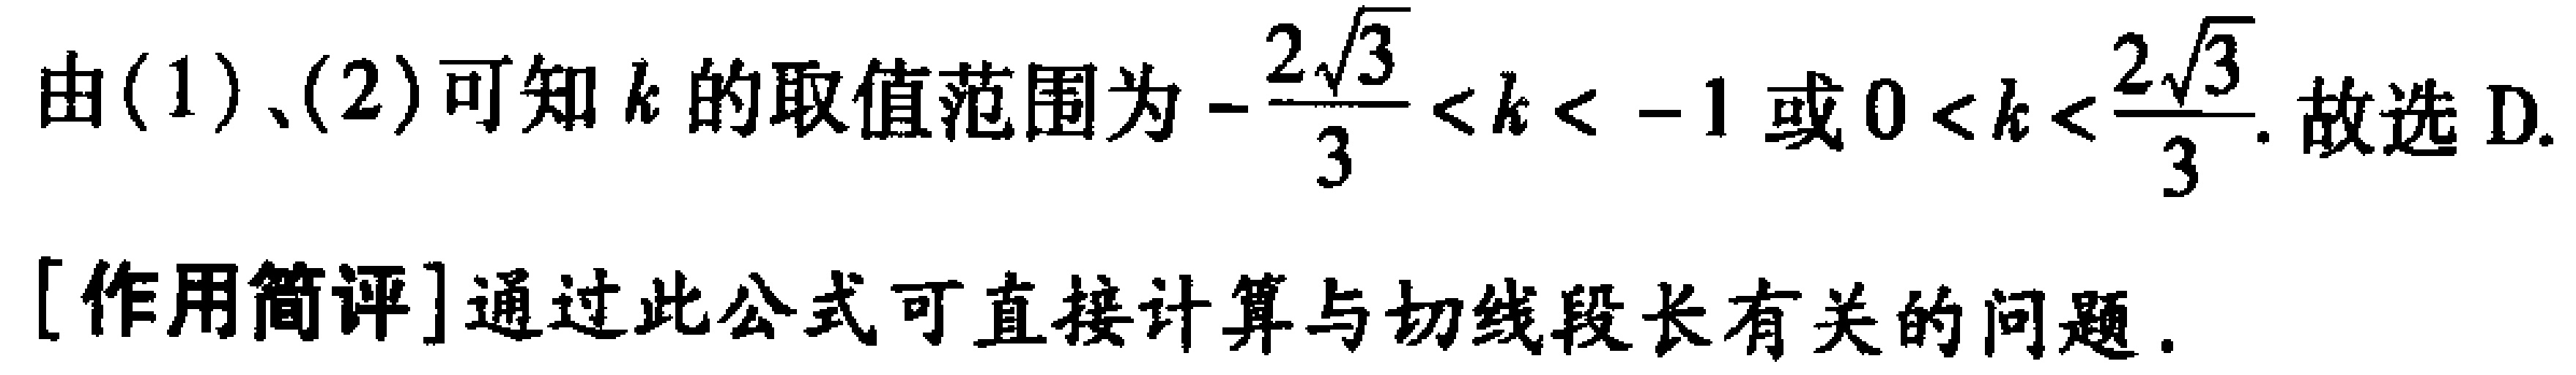
由(1)、(2)可知\(k\)的取值范围为\(-\frac{2\sqrt{3}}{3}<k<-1\)或\(0<k<\frac{2\sqrt{3}}{3}\). 故选D.
[作用简评]通过此公式可直接计算与切线段长有关的问题.